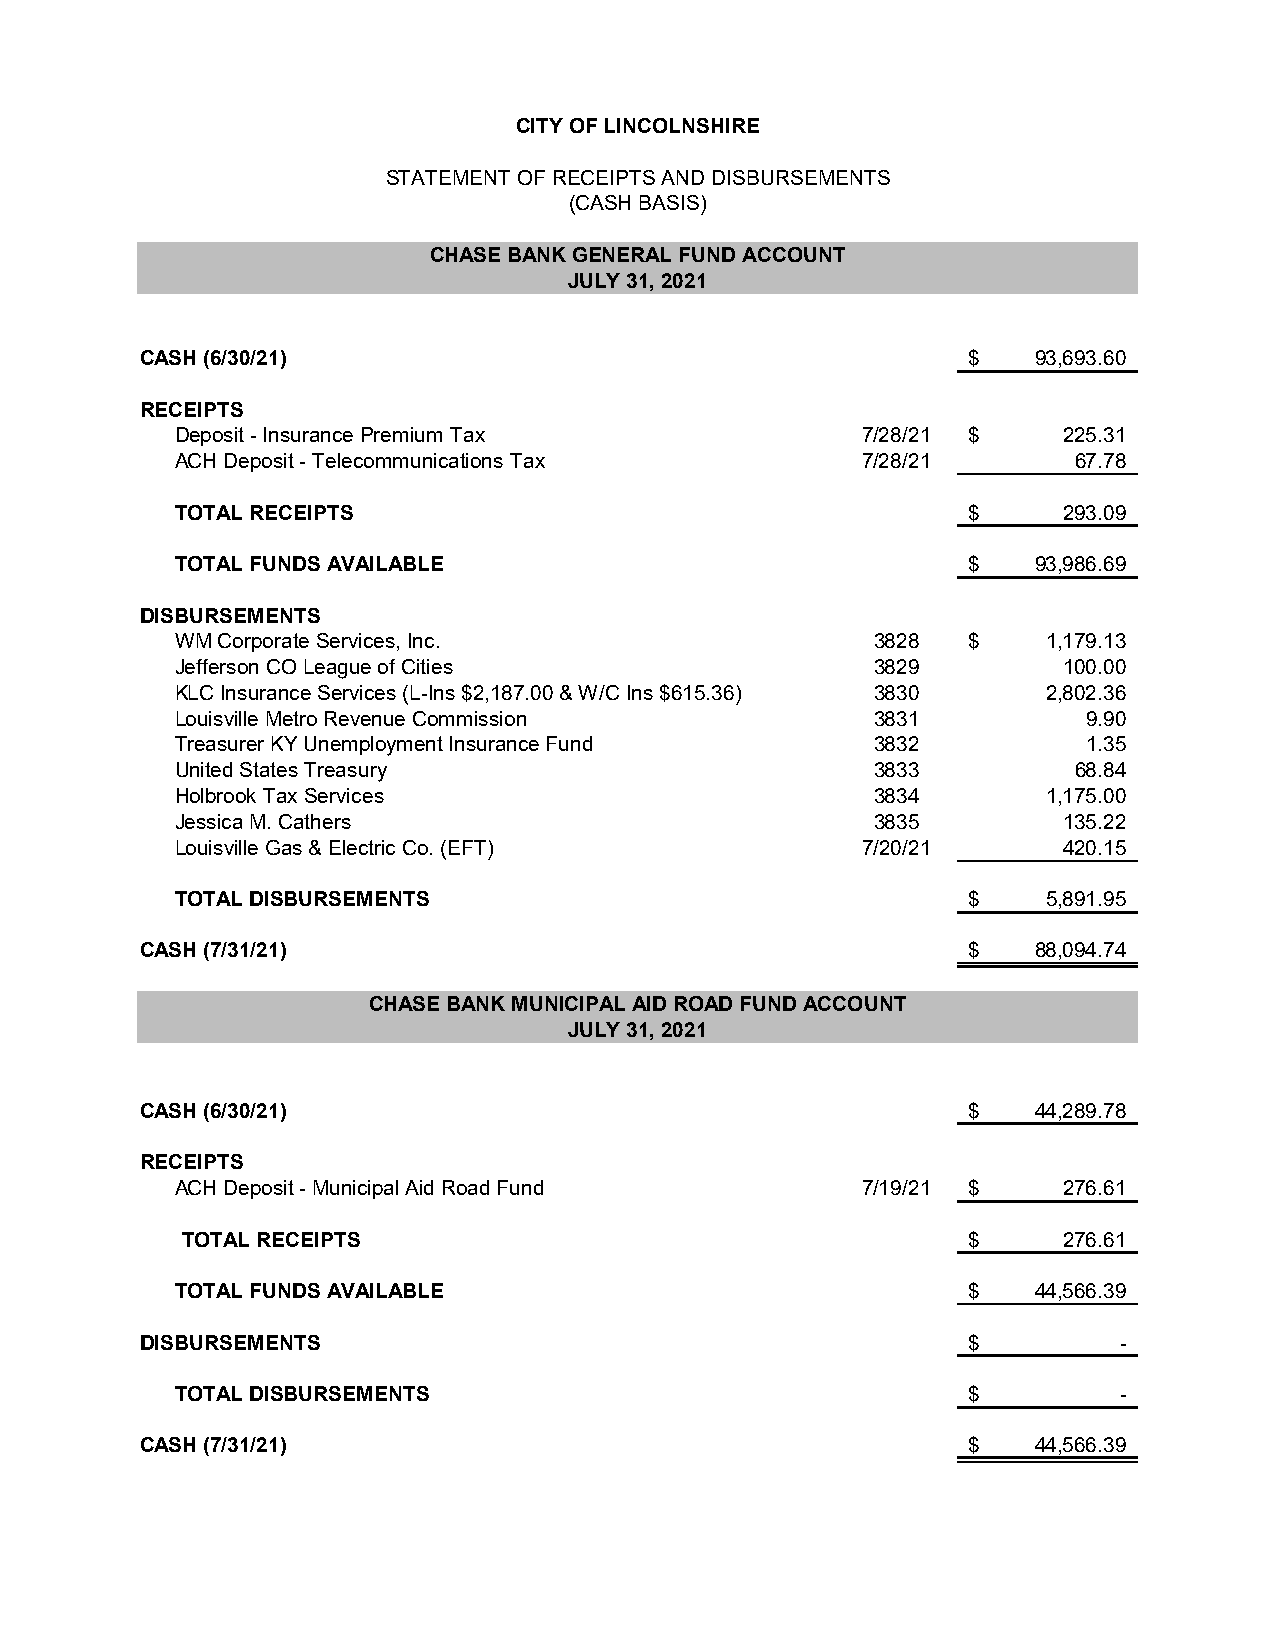
CITY OF LINCOLNSHIRE
 STATEMENT OF RECEIPTS AND DISBURSEMENTS
 (CASH BASIS)
 CHASE BANK GENERAL FUND ACCOUNT
 JULY 31, 2021
 CASH (6/30/21)                                         $   93,693.60
 RECEIPTS
 Deposit - Insurance Premium Tax              7/28/21 $    225.31
 ACH Deposit - Telecommunications Tax         7/28/21       67.78
 TOTAL RECEIPTS                                      $     293.09
 TOTAL FUNDS AVAILABLE                               $   93,986.69
 DISBURSEMENTS
 WM Corporate Services, Inc.                   3828  $    1,179.13
 Jefferson CO League of Cities                 3829        100.00
 KLC Insurance Services (L-Ins $2,187.00 & W/C Ins $615.36) 3830 2,802.36
 Louisville Metro Revenue Commission           3831          9.90
 Treasurer KY Unemployment Insurance Fund      3832          1.35
 United States Treasury                        3833         68.84
 Holbrook Tax Services                         3834       1,175.00
 Jessica M. Cathers                            3835        135.22
 Louisville Gas & Electric Co. (EFT)          7/20/21      420.15
 TOTAL DISBURSEMENTS                                 $    5,891.95
 CASH (7/31/21)                                         $   88,094.74
 CHASE BANK MUNICIPAL AID ROAD FUND ACCOUNT
 JULY 31, 2021
 CASH (6/30/21)                                         $   44,289.78
 RECEIPTS
 ACH Deposit - Municipal Aid Road Fund        7/19/21 $    276.61
 TOTAL RECEIPTS                                      $     276.61
 TOTAL FUNDS AVAILABLE                               $   44,566.39
 DISBURSEMENTS                                          $         -
 TOTAL DISBURSEMENTS                                 $         -
 CASH (7/31/21)                                         $   44,566.39